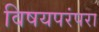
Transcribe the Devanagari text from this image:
विषयपरंपरा